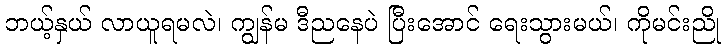
ဘယ့်နှယ် လာယူရမလဲ၊ ကျွန်မ ဒီညနေပဲ ပြီးအောင် ရေးသွားမယ်၊ ကိုမင်းညို